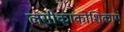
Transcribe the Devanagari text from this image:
लसीकाकोशिकाएं